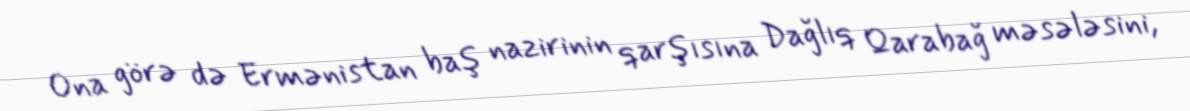
Ona görə də Ermənistan baş nazirinin qarşısına Dağlıq Qarabağ məsələsini,